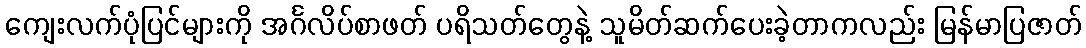
ကျေးလက်ပုံပြင်များကို အင်္ဂလိပ်စာဖတ် ပရိသတ်တွေနဲ့ သူမိတ်ဆက်ပေးခဲ့တာကလည်း မြန်မာပြဇာတ်